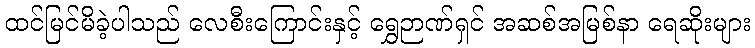
ထင်မြင်မိခဲ့ပါသည် လေစီးကြောင်းနှင့် ရွှေဉာဏ်ရှင် အဆစ်အမြစ်နာ ရေဆိုးများ